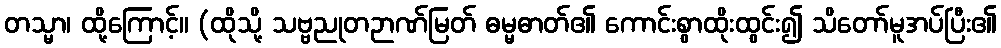
တသ္မာ၊ ထို့ကြောင့်။ (ထိုသို့ သဗ္ဗညုတဉာဏ်မြတ် ဓမ္မဓာတ်၏ ကောင်းစွာထိုးထွင်း၍ သိတော်မူအပ်ပြီး၏